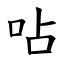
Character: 呫